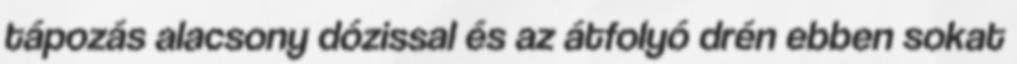
tápozás alacsony dózissal és az átfolyó drén ebben sokat